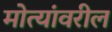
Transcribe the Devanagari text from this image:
मोत्यांवरील